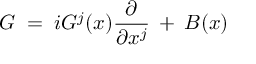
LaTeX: G \; = \; i G ^ { j } ( x ) \frac { \partial } { \partial x ^ { j } } \: + \: B ( x )